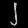
Digit: ၂